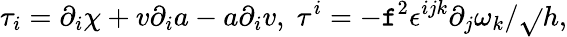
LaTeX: \tau_{i}=\partial_{i}\chi+v\partial_{i}a-a\partial_{i}v,\; \tau^{i}=-\mathtt{f}^{2}\epsilon^{ijk}\partial_{j}\omega_{k}/\sqrt{}{{h}},